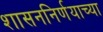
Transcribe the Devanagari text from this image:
शासननिर्णयाच्या